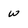
Character: w